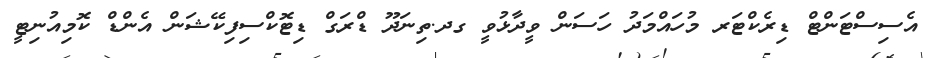
އެސިސްޓަންޓް ޑިރެކްޓަރ މުހައްމަދު ހަސަން ވީދާޅުވީ ގދ.ތިނަދޫ ޑްރަގް ޑިޓޮކްސިފިކޭޝަން އެންޑް ކޮމިއުނިޓީ